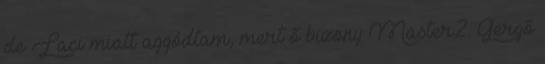
de Laci miatt aggódtam, mert ő bizony Master2. Gergő